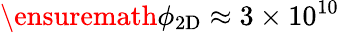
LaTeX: \ensuremath{\phi_{\mathrm{2D}}}\approx 3\times 10^{10}